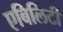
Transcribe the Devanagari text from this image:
एबिलिटी